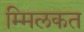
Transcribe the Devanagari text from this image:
म्मिलकत